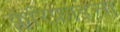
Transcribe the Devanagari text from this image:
क्लैरिफ़ाइन्ग